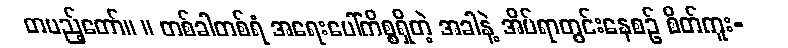
တပည့်တော်။ ။ တစ်ခါတစ်ရံ အရေးပေါ်ကိစ္စရှိတဲ့ အခါနဲ့ အိပ်ရာတွင်းနေစဉ် စိတ်ကူး-